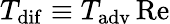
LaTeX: T_{\mathrm{dif}}\equiv T_{\mathrm{adv}}\, \mathrm{Re}